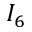
I _ { 6 }